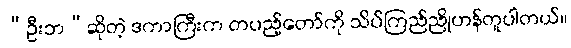
“ဦးဘ”ဆိုတဲ့ ဒကာကြီးက တပည့်တော်ကို သိပ်ကြည်ညိုဟန်တူပါတယ်။